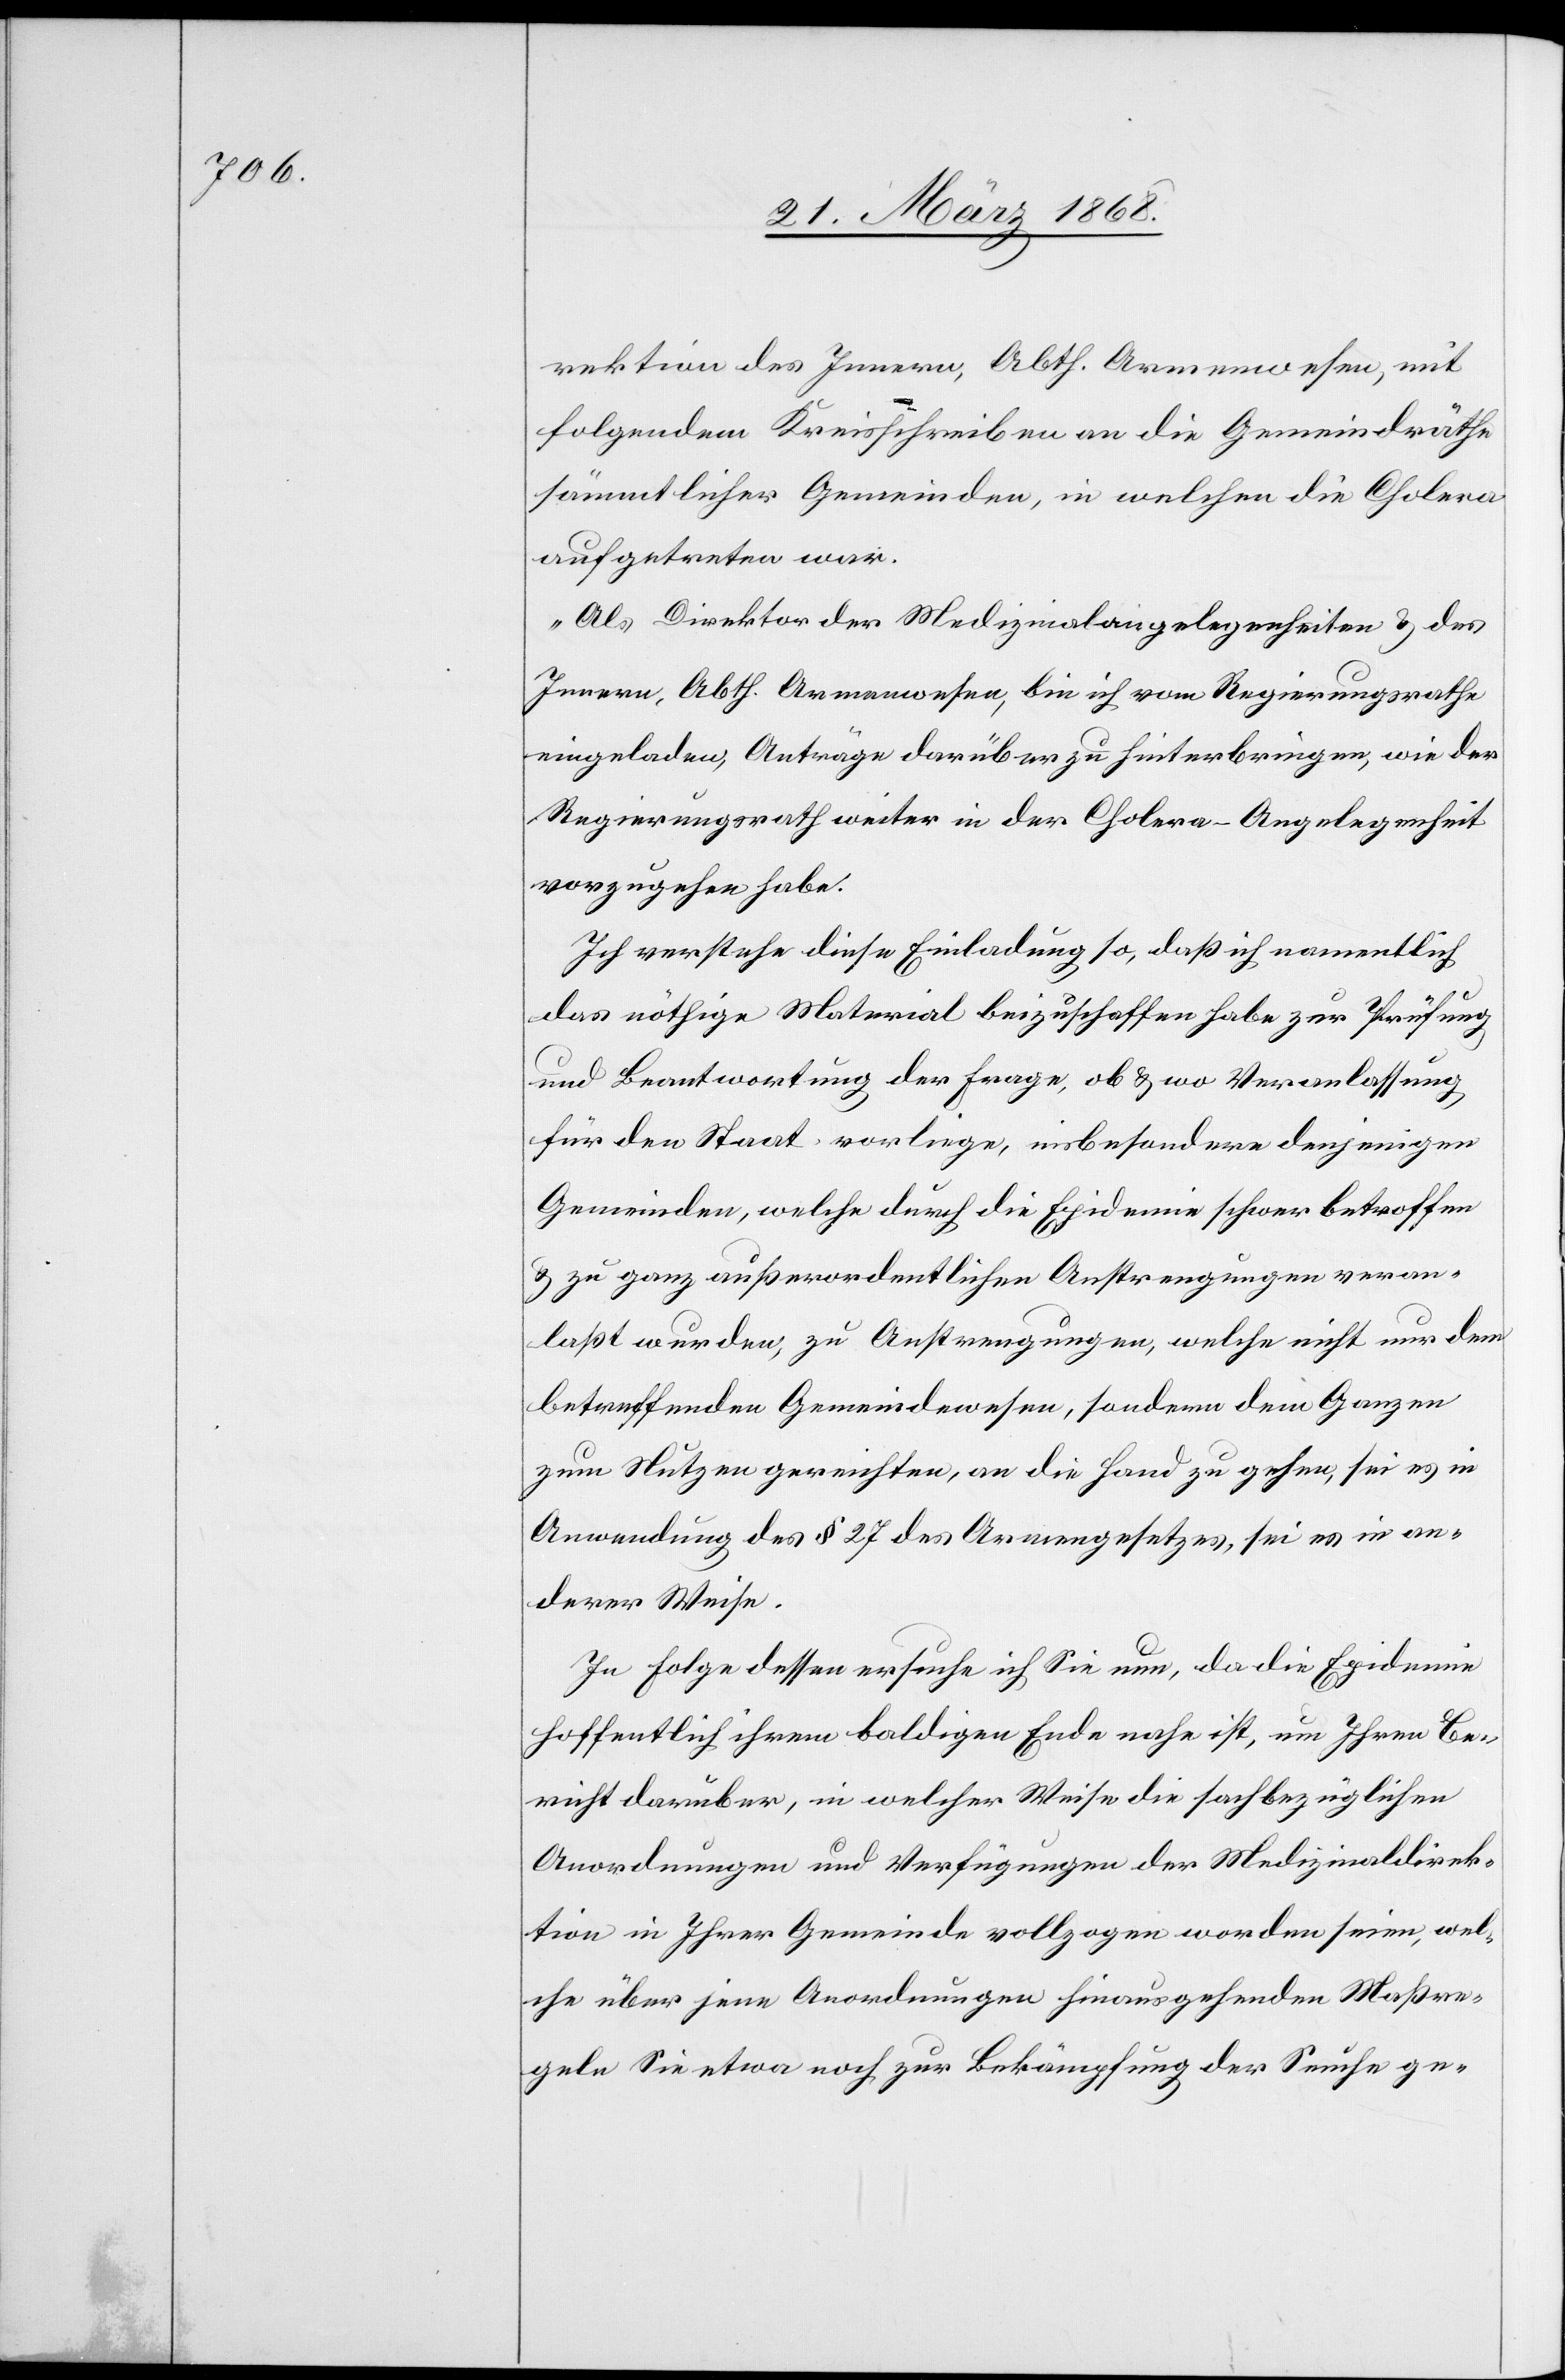
rektion des Innern, Abth. Armenwesen, mit
folgendem Kreisschreiben an die Gemeindräthe
sämmtlicher Gemeinden, in welchen die Cholera
aufgetreten war.
„Als Direktor der Medizinalangelegenheiten & des
Innern, Abth. Armenwesen, bin ich vom Regierungsrathe
eingeladen, Anträge darüber zu hinterbringen, wie der
Regierungsrath weiter in der Cholera-Angelegenheit
vorzugehen habe.
Ich verstehe diese Einladung so, daß ich namentlich
das nöthige Material beizuschaffen habe zur Prüfung
und Beantwortung der Frage, ob & wo Veranlassung
für den Staat vorliege, insbesondere denjenigen
Gemeinden, welche durch die Epidemie schwer betroffen
& zu ganz außerordentlichen Anstrengungen veran¬
laßt wurden, zu Anstrengungen, welche nicht nur dem
betreffenden Gemeindewesen, sondern dem Ganzen
zum Nutzen gereichten, an die Hand zu gehen, sei es in
Anwendung des § 27 des Armengesetzes, sei es in an¬
derer Weise.
In Folge dessen ersuche ich Sie nun, da die Epidemie
hoffentlich ihrem baldigen Ende nahe ist, um Ihren Be¬
richt daruber [sic!], in welcher Weise die sachbezüglichen
Anordnungen und Verfügungen der Medizinaldirek¬
tion in Ihrer Gemeinde vollzogen worden seien, wel¬
che über jene Anordnungen hinausgehenden Maßre¬
geln Sie etwa noch zur Bekämpfung der Seuche ge-